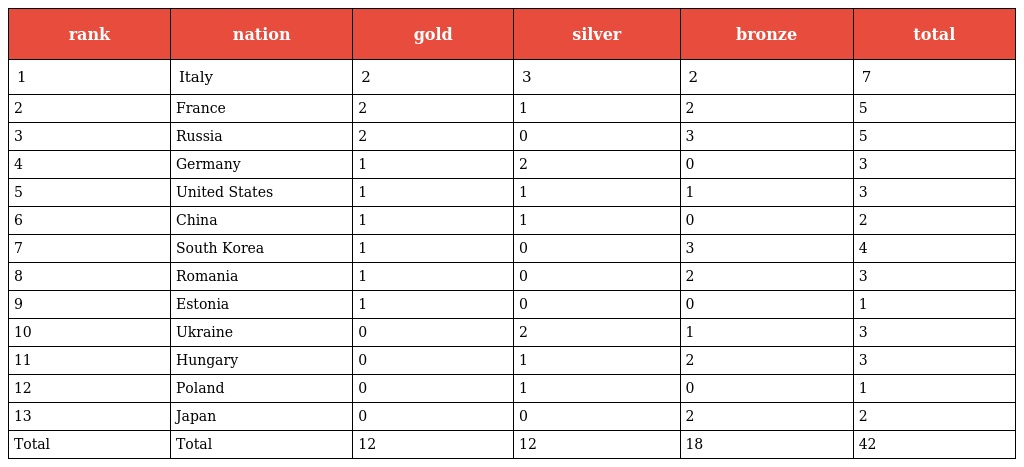
| rank | nation | gold | silver | bronze | total |
 | --- | --- | --- | --- | --- | --- |
 | 1 | Italy | 2 | 3 | 2 | 7 |
 | 2 | France | 2 | 1 | 2 | 5 |
 | 3 | Russia | 2 | 0 | 3 | 5 |
 | 4 | Germany | 1 | 2 | 0 | 3 |
 | 5 | United States | 1 | 1 | 1 | 3 |
 | 6 | China | 1 | 1 | 0 | 2 |
 | 7 | South Korea | 1 | 0 | 3 | 4 |
 | 8 | Romania | 1 | 0 | 2 | 3 |
 | 9 | Estonia | 1 | 0 | 0 | 1 |
 | 10 | Ukraine | 0 | 2 | 1 | 3 |
 | 11 | Hungary | 0 | 1 | 2 | 3 |
 | 12 | Poland | 0 | 1 | 0 | 1 |
 | 13 | Japan | 0 | 0 | 2 | 2 |
 | Total | Total | 12 | 12 | 18 | 42 |